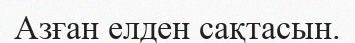
Азған елден сақтасын.